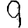
Digit: 9